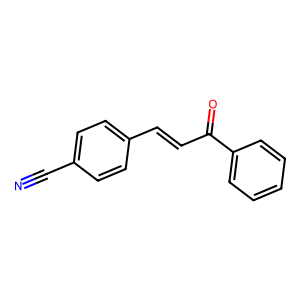
SMILES: N#Cc1ccc(C=CC(=O)c2ccccc2)cc1
Inhibits HIV replication: No